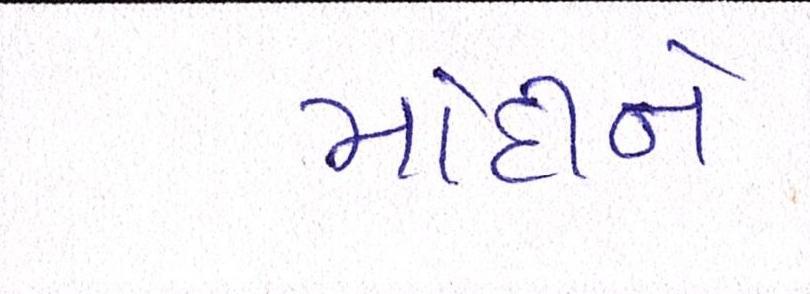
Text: મોદીને